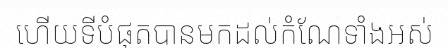
ហើយទីបំផុតបានមកដល់កំណែទាំងអស់